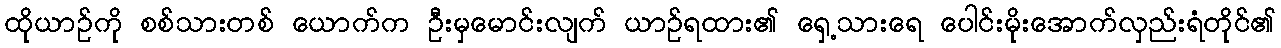
ထိုယာဉ်ကို စစ်သားတစ် ယောက်က ဦးမှမောင်းလျက် ယာဉ်ရထား၏ ရှေ့သားရေ ပေါင်းမိုးအောက်လှည်းရံတိုင်၏